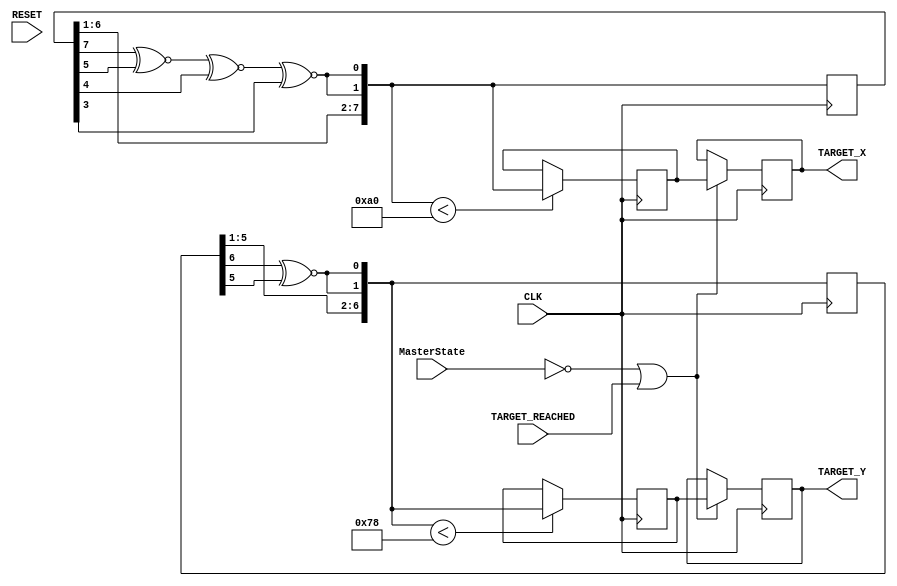
`timescale 1ns / 1ps
//////////////////////////////////////////////////////////////////////////////////
// Company: 
// Engineer: 
// 
// Design Name: 
// Module Name: Target_generator
// Project Name: 
// Target Devices: 
// Tool Versions: 
// Description: 
// 
// Dependencies: 
// 
// Revision:
// Revision 0.01 - File Created
// Additional Comments:
// 
//////////////////////////////////////////////////////////////////////////////////
module Target_generator(
        input CLK,
        input RESET,
        input TARGET_REACHED,
        input [2:0] MasterState,
        output [7:0] TARGET_X,
        output [6:0] TARGET_Y 
    );
    
    reg [7:0] X_reg;
    reg [6:0] Y_reg;
    reg [7:0] currentX_reg;
    reg [6:0] currentY_reg;        
    
    reg [7:0] tempX;
    reg [6:0] tempY;
    //x_reg shift
    integer i;
    always@(posedge CLK)begin
        
        tempX[0] = (((tempX[7] ^~ tempX[5]) ^~ tempX[4]) ^~ tempX[3]);
        tempX[7:1]= tempX[6:0];
        
        if(tempX<160)
            X_reg = tempX;
        
    end
    
    //y_reg shift
    integer j;
    always@(posedge CLK)begin
       
        tempY[0] = tempY[6] ^~ tempY[5];
        tempY[6:1]= tempY[5:0];
        
        if(tempY<120)
            Y_reg = tempY;
            
    end
    
    always@(posedge CLK)begin
        if(MasterState== 0 || TARGET_REACHED)begin
            currentX_reg = X_reg;
            currentY_reg = Y_reg;
        end
    end 
    
    assign TARGET_X = currentX_reg;
    assign TARGET_Y = currentY_reg;
endmodule